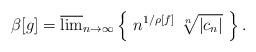
LaTeX: \begin{align*} \beta[g] = \overline{\lim}_{n \to \infty} \left\{ \ n^{1/\rho[f]} \ \sqrt[n]{| c_n|} \ \right\}.\end{align*}